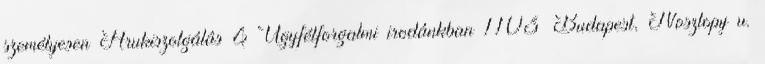
személyesen Árukiszolgálás & Ügyfélforgalmi irodánkban 1103 Budapest, Noszlopy u.